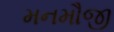
મનમૌજી